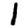
Digit: 1